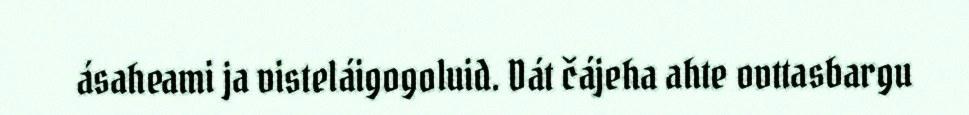
ásaheami ja visteláigogoluid. Dát čájeha ahte ovttasbargu